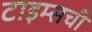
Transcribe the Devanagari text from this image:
टाइम्सची